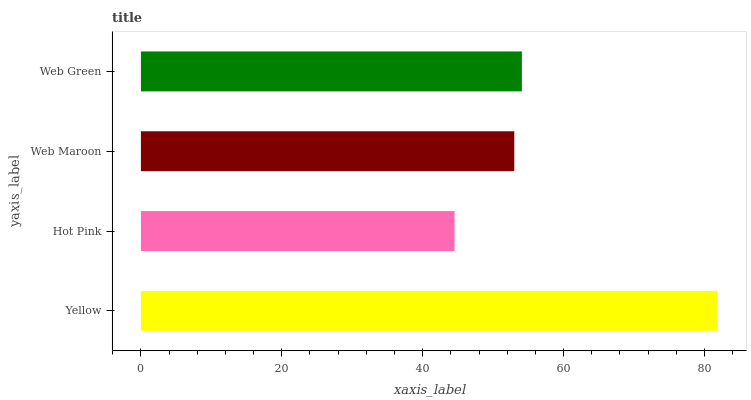
| yaxis_label | bars |
 | --- | --- |
 | Yellow | 81.9 |
 | Hot Pink | 44.5 |
 | Web Maroon | 53 |
 | Web Green | 54.1 |